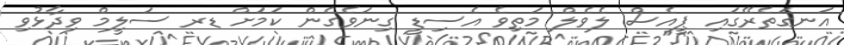
އަނގަތެރޭގައި ޕީއެސް ލެވެލް މަތިވެ އެސިޑީ ގިނަވެގެން ކަމަށް ޑރ ސަލީމް ވިދާޅުވި